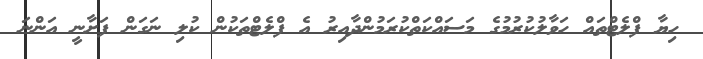
ހިޔާ ފްލެޓްތައް ހަވާލުކުރުމުގެ މަސައްކަތްކުރަމުންދާއިރު އެ ފްލެޓްތަކުން ކުލި ނަގަން ފަށާނީ އަންނަ